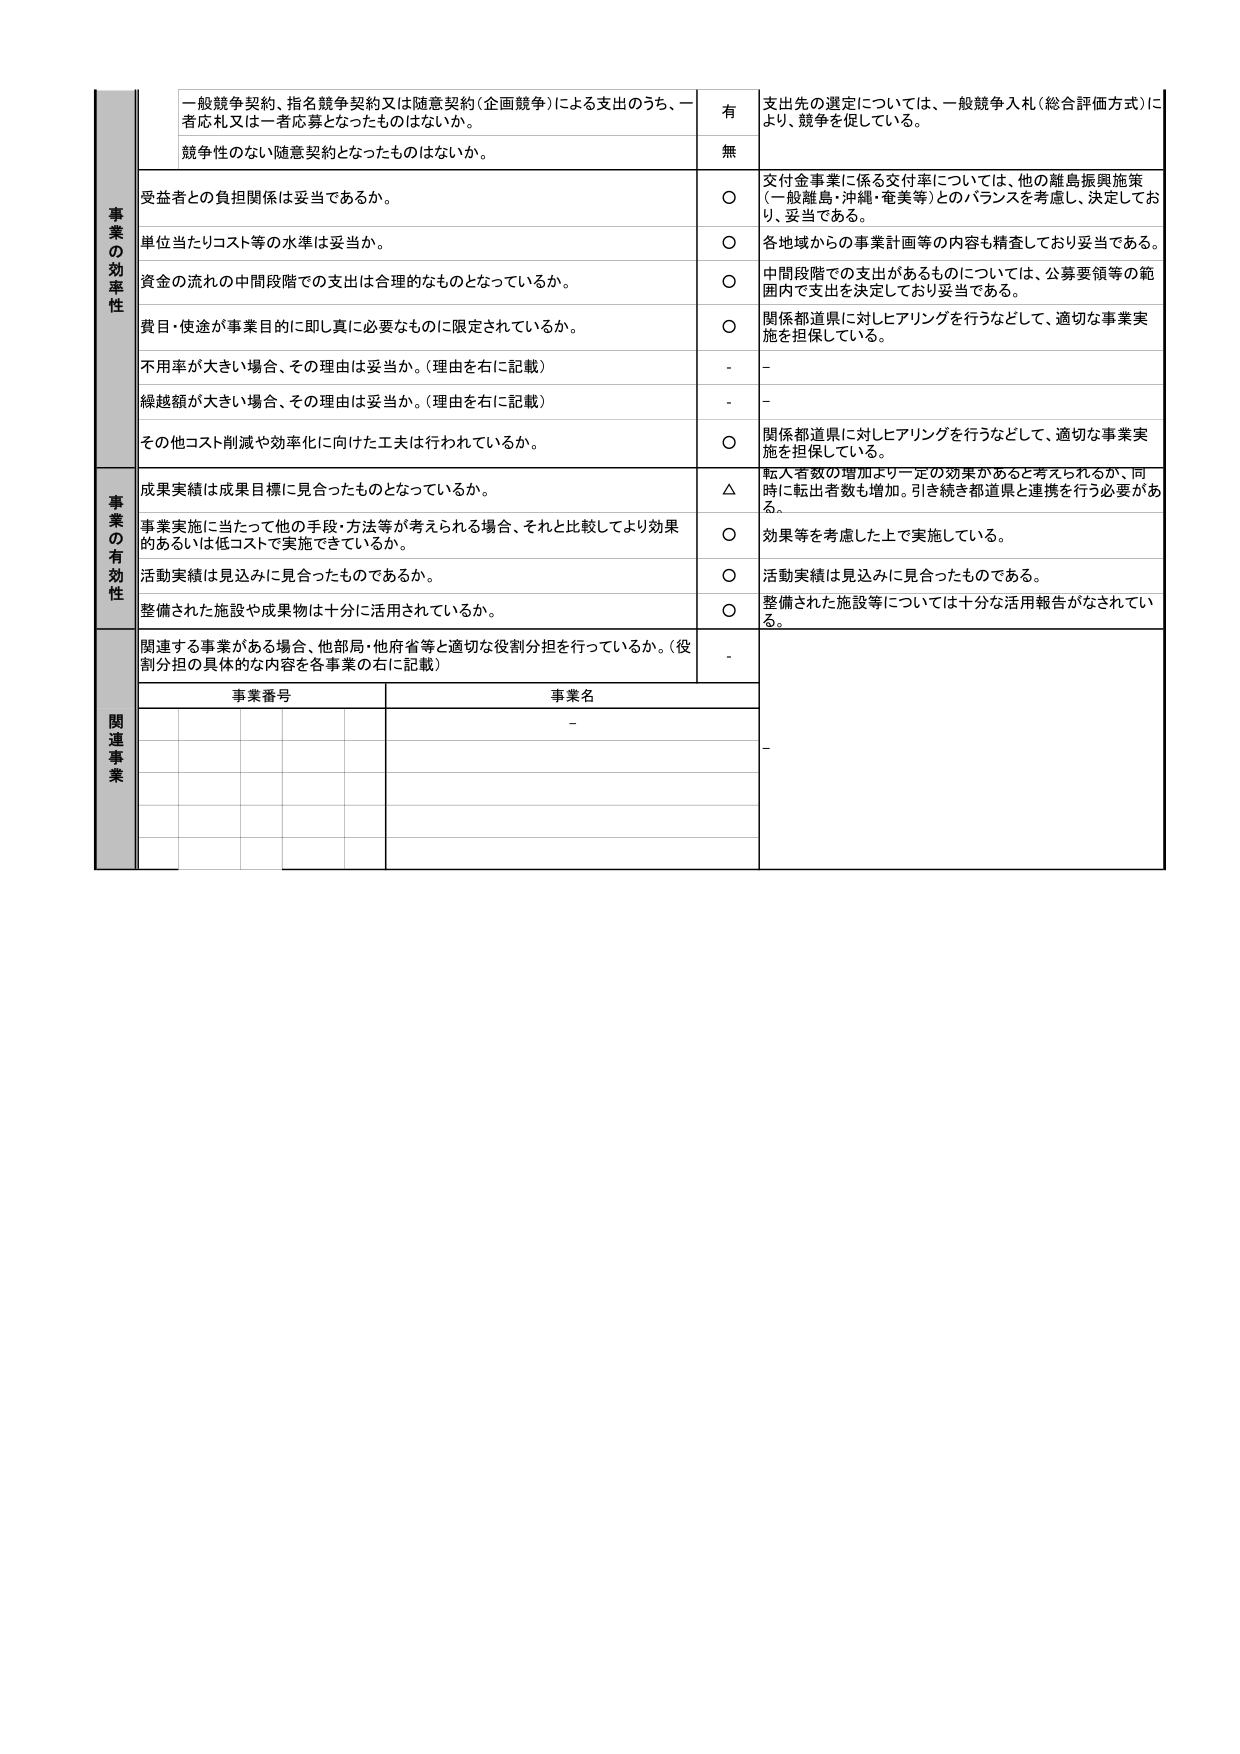
事業の効率性
一般競争契約、指名競争契約又は随意契約（企画競争）による支出のうち、一者応札又は一者応募となったものはないか。
有
支出先の選定については、一般競争入札（総合評価方式）により、競争を促している。
競争性のない随意契約となったものはないか。
無
受益者との負担関係は妥当であるか。
○
交付金事業に係る交付率については、他の離島振興施策（一般離島・沖縄・奄美等）とのバランスを考慮し、決定しており、妥当である。
単位当たりコスト等の水準は妥当か。
○
各地域からの事業計画等の内容も精査しており妥当である。
資金の流れの中間段階での支出は合理的なものとなっているか。
○
中間段階での支出があるものについては、公募要領等の範囲内で支出を決定しており妥当である。
費目・使途が事業目的に即し真に必要なものに限定されているか。
○
関係都道県に対しヒアリングを行うなどして、適切な事業実施を担保している。
不用率が大きい場合、その理由は妥当か。（理由を右に記載）
-
-
繰越額が大きい場合、その理由は妥当か。（理由を右に記載）
-
-
その他コスト削減や効率化に向けた工夫は行われているか。
○
関係都道県に対しヒアリングを行うなどして、適切な事業実施を担保している。
事業の有効性
成果実績は成果目標に見合ったものとなっているか。
△
転入者数の増加より一定の効果があると考えられるが、同時に転出者数も増加。引き続き都道県と連携を行う必要がある。
事業実施に当たって他の手段・方法等が考えられる場合、それと比較してより効果的あるいは低コストで実施できているか。
○
効果等を考慮した上で実施している。
活動実績は見込みに見合ったものであるか。
○
活動実績は見込みに見合ったものである。
整備された施設や成果物は十分に活用されているか。
○
整備された施設等については十分な活用報告がなされている。
関連事業
関連する事業がある場合、他部局・他府省等と適切な役割分担を行っているか。（役割分担の具体的な内容を各事業の右に記載）
-
事業番号
事業名
-
-